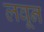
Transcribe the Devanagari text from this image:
लवून